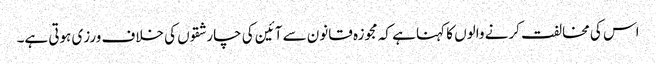
اس کی مخالفت کرنے والوں کا کہنا ہے کہ مجوزہ قانون سے آئین کی چار شقوں کی خلاف ورزی ہوتی ہے۔